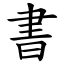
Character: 書